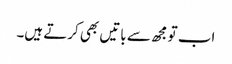
اب تو مجھ سے باتیں بھی کرتے ہیں۔